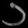
Digit: ၁